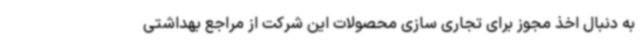
به دنبال اخذ مجوز برای تجاری سازی محصولات این شرکت از مراجع بهداشتی